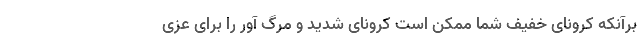
برآنکه کرونای خفیف شما ممکن است کرونای شدید و مرگ آور را برای عزی